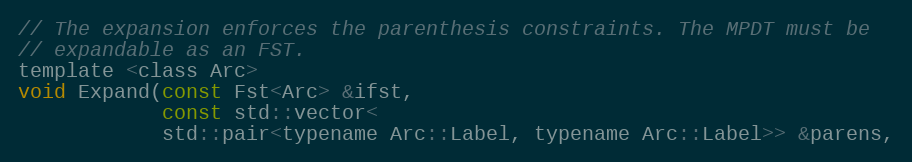
Language: C
// The expansion enforces the parenthesis constraints. The MPDT must be
// expandable as an FST.
template <class Arc>
void Expand(const Fst<Arc> &ifst,
            const std::vector<
            std::pair<typename Arc::Label, typename Arc::Label>> &parens,